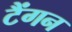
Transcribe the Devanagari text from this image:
टैंगन